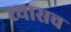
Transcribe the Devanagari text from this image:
ध्यासच